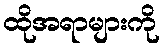
ထိုအရာများကို